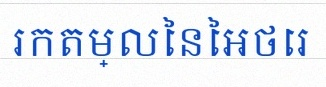
រកតម្លៃនៃអថេរ